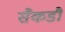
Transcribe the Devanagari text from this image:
सैकडौं